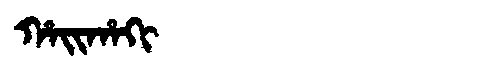
Manchu: ᡥᠠᡳᡥᠠᡴᡳ
Romanization: HAIHAKI